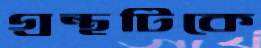
গ্রন্থটিকে